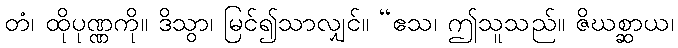
တံ၊ ထိုပုဏ္ဏကို။ ဒိသွာ၊ မြင်၍သာလျှင်။ “ဧသ၊ ဤသူသည်။ ဇိဃစ္ဆာယ၊